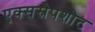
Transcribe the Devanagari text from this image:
एक्सस्नैपशोट